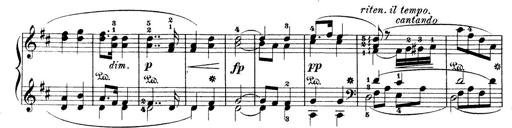
Title: Wagner-Liszt Album
Composer: Franz Liszt